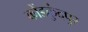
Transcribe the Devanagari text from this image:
कोंडकुंदपुर